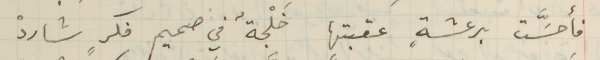
فأحسَّت برعشةٍ عقبتها خلجةٌ في صميم فكرٍ شاردْ